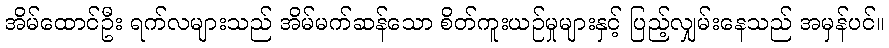
အိမ်ထောင်ဦး ရက်လများသည် အိမ်မက်ဆန်သော စိတ်ကူးယဉ်မှုများနှင့် ပြည့်လျှမ်းနေသည် အမှန်ပင်။